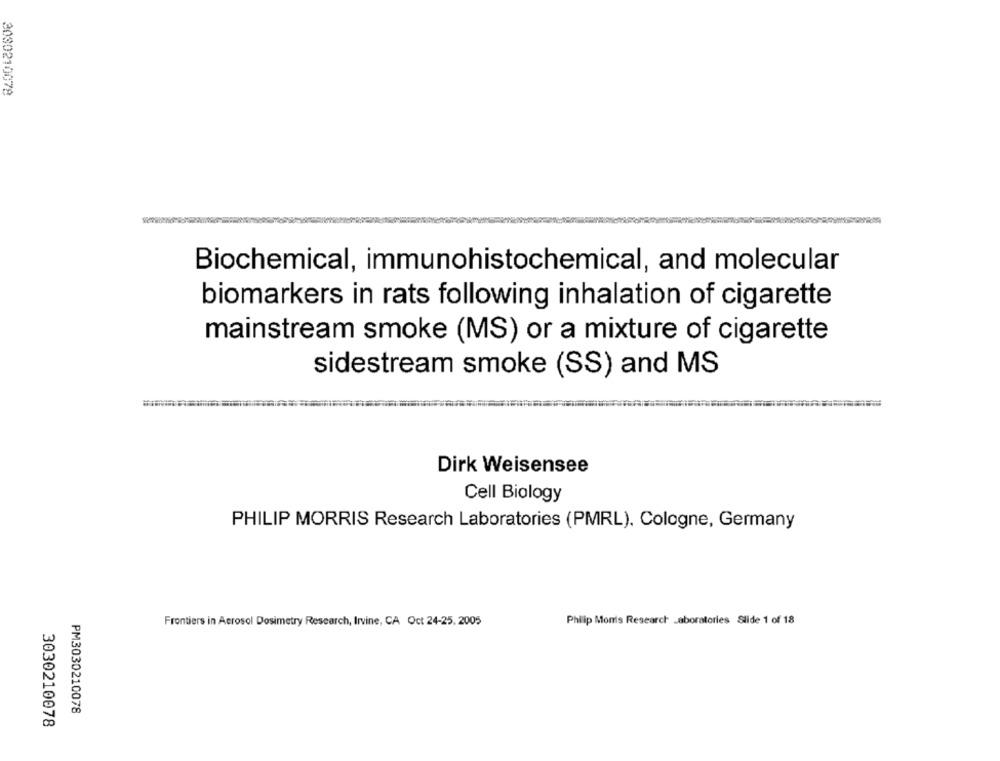
3030210078
Biochemical, immunohistochemical, and molecular
biomarkers in rats following inhalation of cigarette
mainstream smoke (MS) or a mixture of cigarette
sidestream smoke (SS) and MS
Dirk Weisensee
Cell Biology
PHILIP MORRIS Research Laboratories (PMRL), Cologne, Germany
Frontiers in Aerosol Dosimetry Research, Irvine, CA Oct 24-25, 2005
Philip Monis Research Laboratories Slide 1 of 18
PM3030210078
3030210078